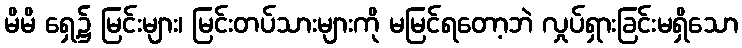
မိမိ ရှေ့၌ မြင်းများ၊ မြင်းတပ်သားများကို မမြင်ရတော့ဘဲ လှုပ်ရှားခြင်းမရှိသော